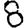
Digit: 8